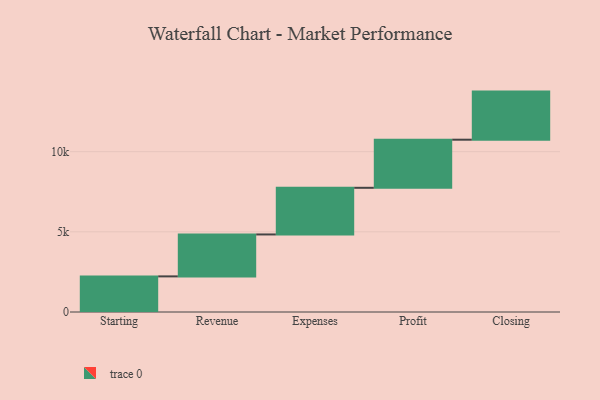
{"axis": {"x": "Step", "y": "Value"}, "legend": [""], "data": [{"x": "Starting", "y": 2222.0, "type": ""}, {"x": "Revenue", "y": 2615.0, "type": ""}, {"x": "Expenses", "y": 2910.0, "type": ""}, {"x": "Profit", "y": 3000, "type": ""}, {"x": "Closing", "y": 3000, "type": ""}]}